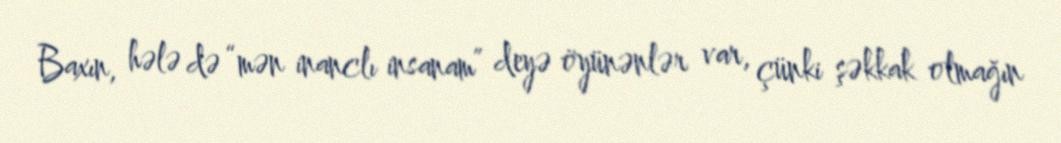
Baxın, hələ də “mən inanclı insanam” deyə öyünənlər var, çünki şəkkak olmağın